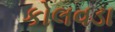
કોલવડા